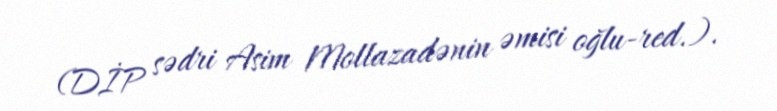
(DİP sədri Asim Mollazadənin əmisi oğlu-red.).